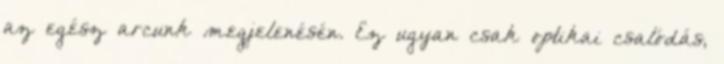
az egész arcunk megjelenésén. Ez ugyan csak optikai csalódás,